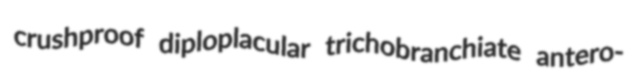
crushproof diploplacular trichobranchiate antero-